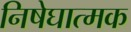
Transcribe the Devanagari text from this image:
निषेघात्मक